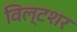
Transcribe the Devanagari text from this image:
विल्टशर